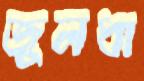
জুলধা